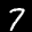
Label: 7